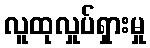
လူထုလှုပ်ရှားမှု